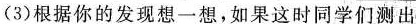
(3)根据你的发现想一想，如果这时同学们测出